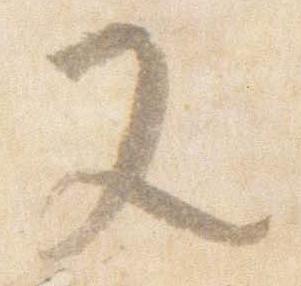
又